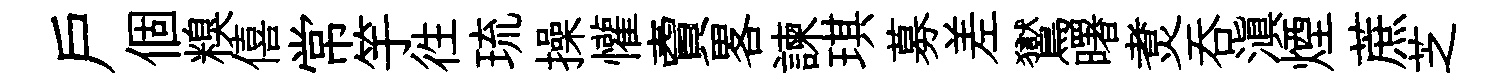
戸個糗僖常竽徃琉操懽𧶠畧諫琪募差鸑曙煑呑滇煙蔗芝